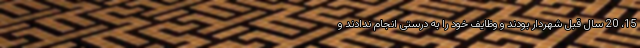
15، 20 سال قبل شهردار بودند و وظایف خود را به درستی انجام ندادند و